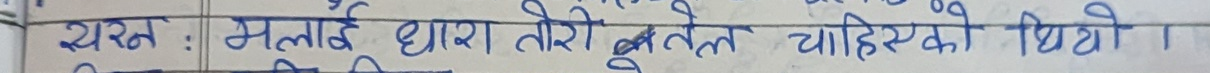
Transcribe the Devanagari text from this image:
यस : मलाई धारा तेरो बोतल चाहिएको थियो ।